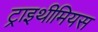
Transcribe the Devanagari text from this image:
ट्राइथीमियस